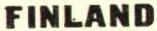
FINLAND